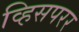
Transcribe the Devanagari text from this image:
व्हिसपरर